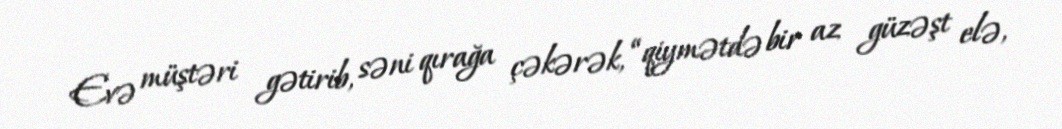
Evə müştəri gətirib, səni qırağa çəkərək, “qiymətdə bir az güzəşt elə,